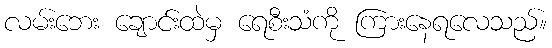
လမ်းဘေး ချောင်းထဲမှ ရေစီးသံကို ကြားနေရလေသည်။